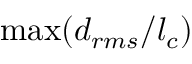
\operatorname* { m a x } ( d _ { r m s } / l _ { c } )